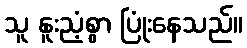
သူ နူးညံ့စွာ ပြုံးနေသည်။